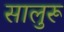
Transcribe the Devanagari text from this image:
सालुरू